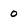
Character: 0